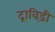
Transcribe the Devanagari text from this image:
द्राविड़ी